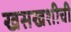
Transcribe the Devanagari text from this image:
खसखशीची